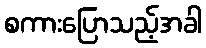
စကားပြောသည့်အခါ